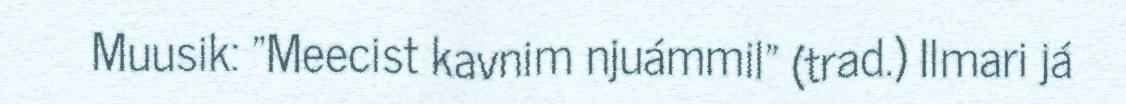
Muusik: "Meecist kavnim njuámmil" (trad.) Ilmari já